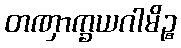
တဏှာက္ခယဂါမိဉ္စ